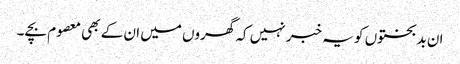
ان بدبختوں کو یہ خبر نہیں کہ گھروں میں ان کے بھی معصوم بچے ۔